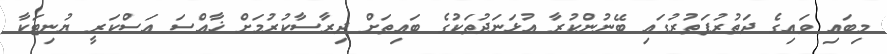
މިބައި ވައިގެ ދަތުރުފަތުރުގައި ބޭނުންކުރާ އުޅަނަދުތަކުގެ ބައިތަށް ދިރާސާކުރުމަށް ޚާއްސަ އަސްކަރީ ޔުނިޓަކާ